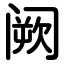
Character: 阙